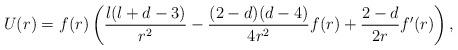
LaTeX: \begin{align*}U(r)=f(r)\left( \frac{l(l+d-3)}{r^{2}}-\frac{(2-d) (d-4)}{4 r^{2}}f(r) +\frac{2-d}{2 r} f'(r)\right),\end{align*}